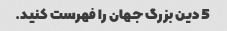
5 دین بزرگ جهان را فهرست کنید.